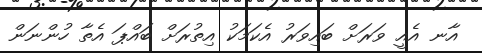
އާނ އެއީ ވަރަށް ބައިވަރު އެކަމަކު އިތުރަށް ބައްޕަ އެތާ ހުންނަން